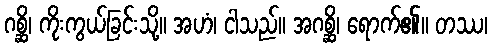
ဂစ္ဆိ၊ ကိုးကွယ်ခြင်းသို့။ အဟံ၊ ငါသည်။ အဂစ္ဆိ၊ ရောက်၏။ တဿ၊